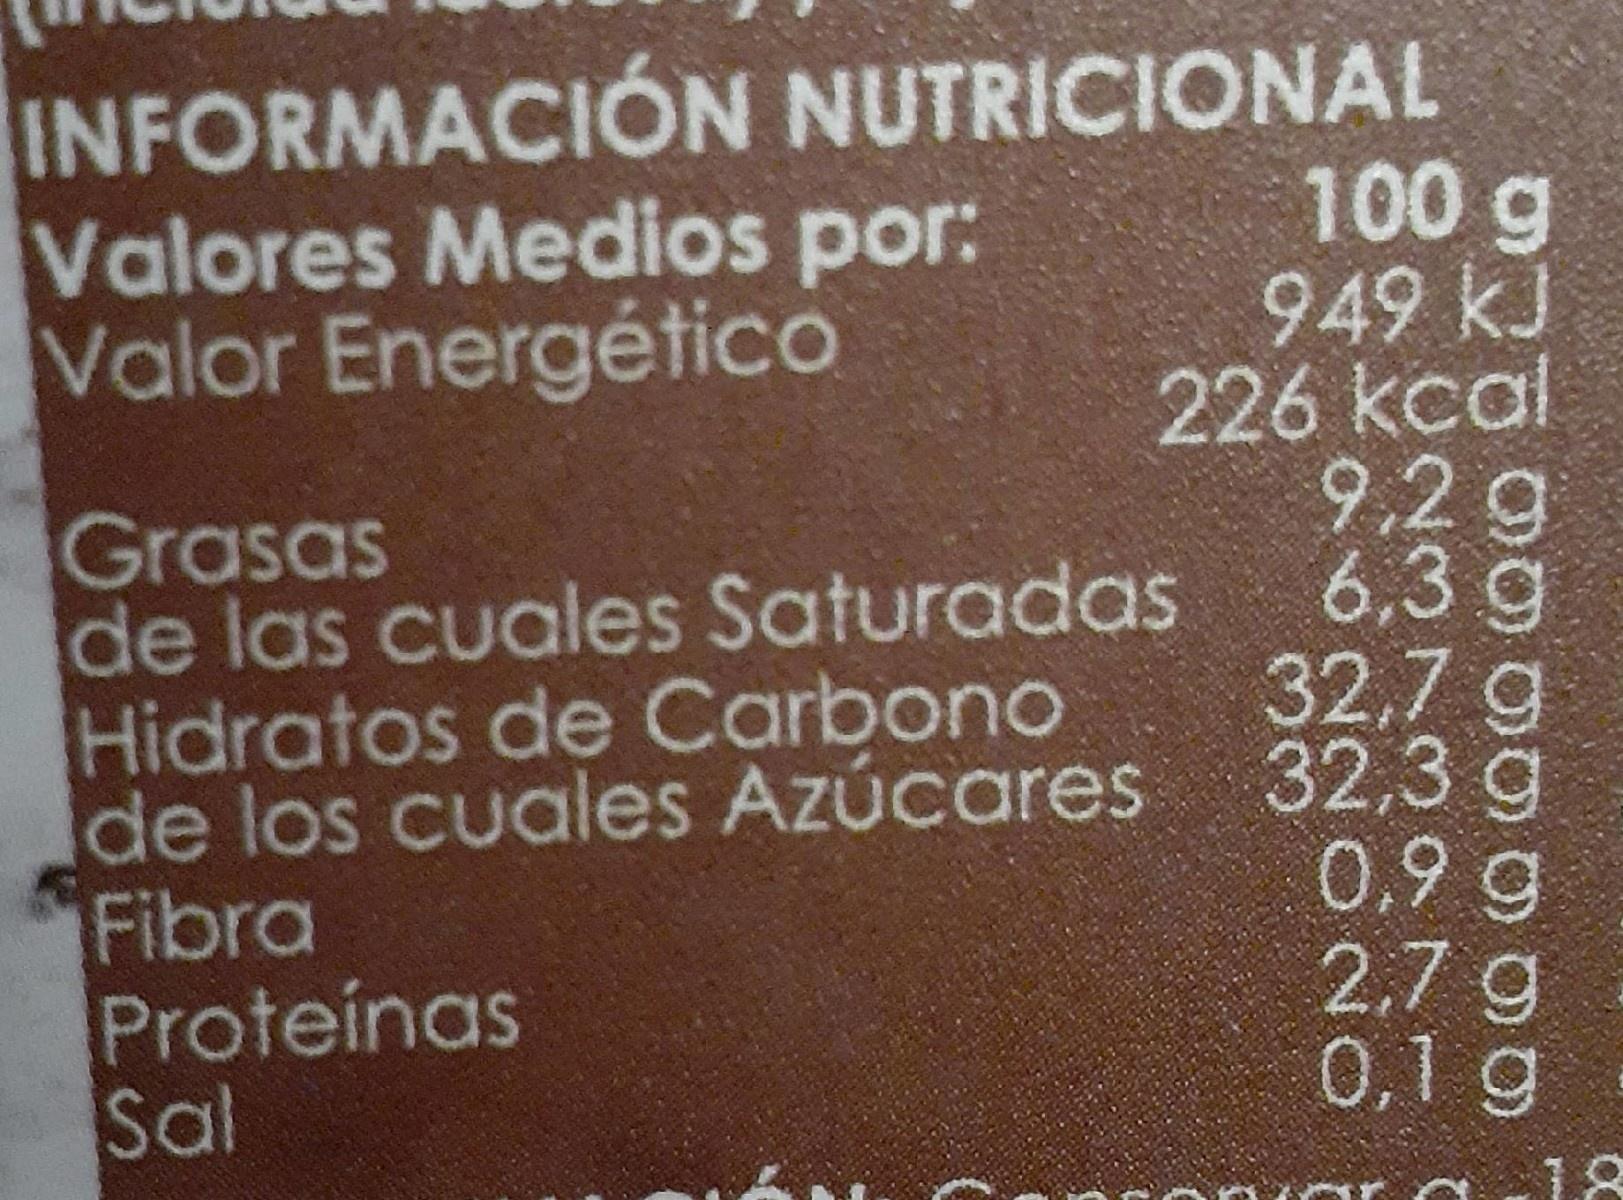
INFORMACIÓN NUTRICIONAL
100 g 949 kJ 226 kcal 9,2g 6,3g 32,7g 32,3 g 0,9 g 2.7g 0,1 g
Valores Medios por: Valor Energético
Grasas de las cuales Saturadas Hidratos de Carbono de los cuales Azúcares Fibra Proteinas Sal